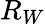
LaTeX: R_{W}